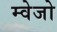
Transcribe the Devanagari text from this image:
म्वेजो